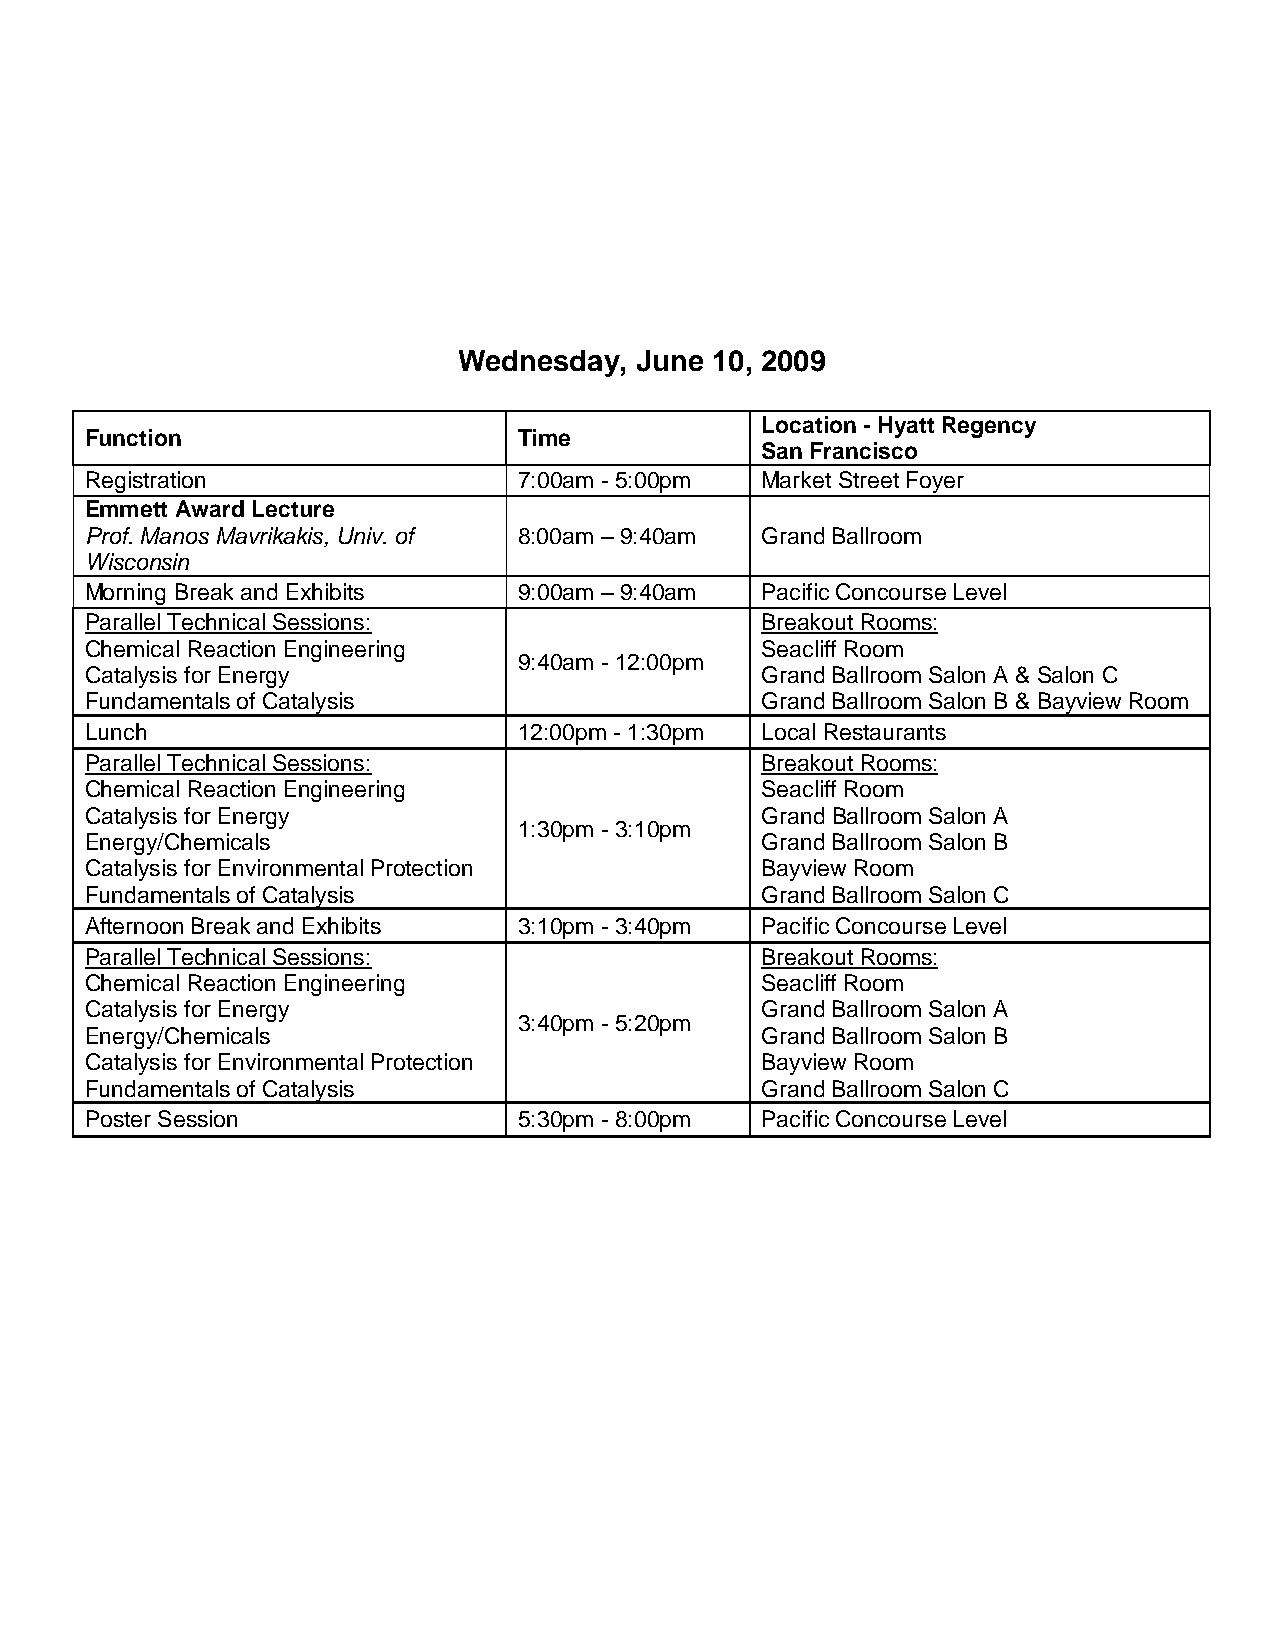
Wednesday,  June 10, 2009
 Location - Hyatt Regency
 Function                    Time
 San Francisco
 Registration                7:00am - 5:00pm Market Street Foyer
 Emmett Award Lecture
 Prof. Manos Mavrikakis, Univ. of 8:00am – 9:40am Grand Ballroom
 Wisconsin
 Morning Break and Exhibits  9:00am – 9:40am Pacific Concourse Level
 Parallel Technical Sessions:                Breakout Rooms:
 Chemical Reaction Engineering               Seacliff Room
 9:40am - 12:00pm
 Catalysis for Energy                        Grand Ballroom Salon A & Salon C
 Fundamentals of Catalysis                   Grand Ballroom Salon B & Bayview Room
 Lunch                       12:00pm - 1:30pm Local Restaurants
 Parallel Technical Sessions:                Breakout Rooms:
 Chemical Reaction Engineering               Seacliff Room
 Catalysis for Energy                        Grand Ballroom Salon A
 1:30pm - 3:10pm
 Energy/Chemicals                            Grand Ballroom Salon B
 Catalysis for Environmental Protection      Bayview Room
 Fundamentals of Catalysis                   Grand Ballroom Salon C
 Afternoon Break and Exhibits 3:10pm - 3:40pm Pacific Concourse Level
 Parallel Technical Sessions:                Breakout Rooms:
 Chemical Reaction Engineering               Seacliff Room
 Catalysis for Energy                        Grand Ballroom Salon A
 3:40pm - 5:20pm
 Energy/Chemicals                            Grand Ballroom Salon B
 Catalysis for Environmental Protection      Bayview Room
 Fundamentals of Catalysis                   Grand Ballroom Salon C
 Poster Session              5:30pm - 8:00pm Pacific Concourse Level